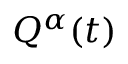
Q ^ { \alpha } ( t )